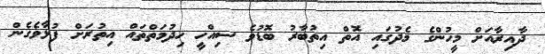
ދާއިރާއަށް މީހުންގެ މެދުގައި އޮތް އިތުބާރު ބޮޑުވެ ސިއްހީ ހިދުމަތްތައް އިތުރަށް ފުޅާވެގެން